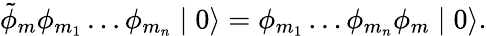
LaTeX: \tilde{\phi}_{m}\phi_{m_{1}}\ldots\phi_{m_{n}}\mid 0\rangle=\phi_{m_{1}}\ldots\phi_{m_{n}}\phi_{m}\mid 0\rangle.